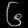
Digit: ၆